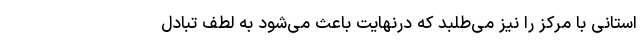
استانی با مرکز را نیز می‌طلبد که درنهایت باعث می‌شود به لطف تبادل